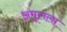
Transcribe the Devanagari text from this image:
अमूलला